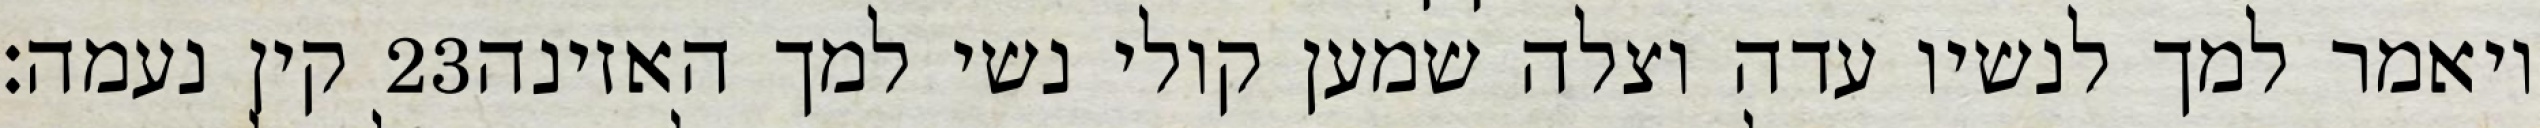
קין נעמה׃ ‎23‏ ויאמר למך לנשיו עדה וצלה שמען קולי נשי למך האזינה